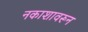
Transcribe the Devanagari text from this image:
नकाशावरून